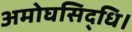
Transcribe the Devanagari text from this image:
अमोघसिद्धि।